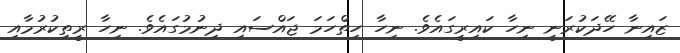
ޒައިނާ ހޭދަކުރަނީ ނިހާ ކައިރީގައެވެ. ނިހާ ހިތްހަމަ ޖައްސައި ދިނުމުގައެވެ. ނިހާ ރީތިކުރުމާއި